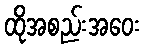
ထိုအစည်းအဝေး